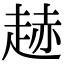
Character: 䞰